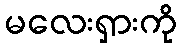
မလေးရှားကို